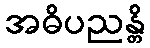
အဓိပညန္တိ